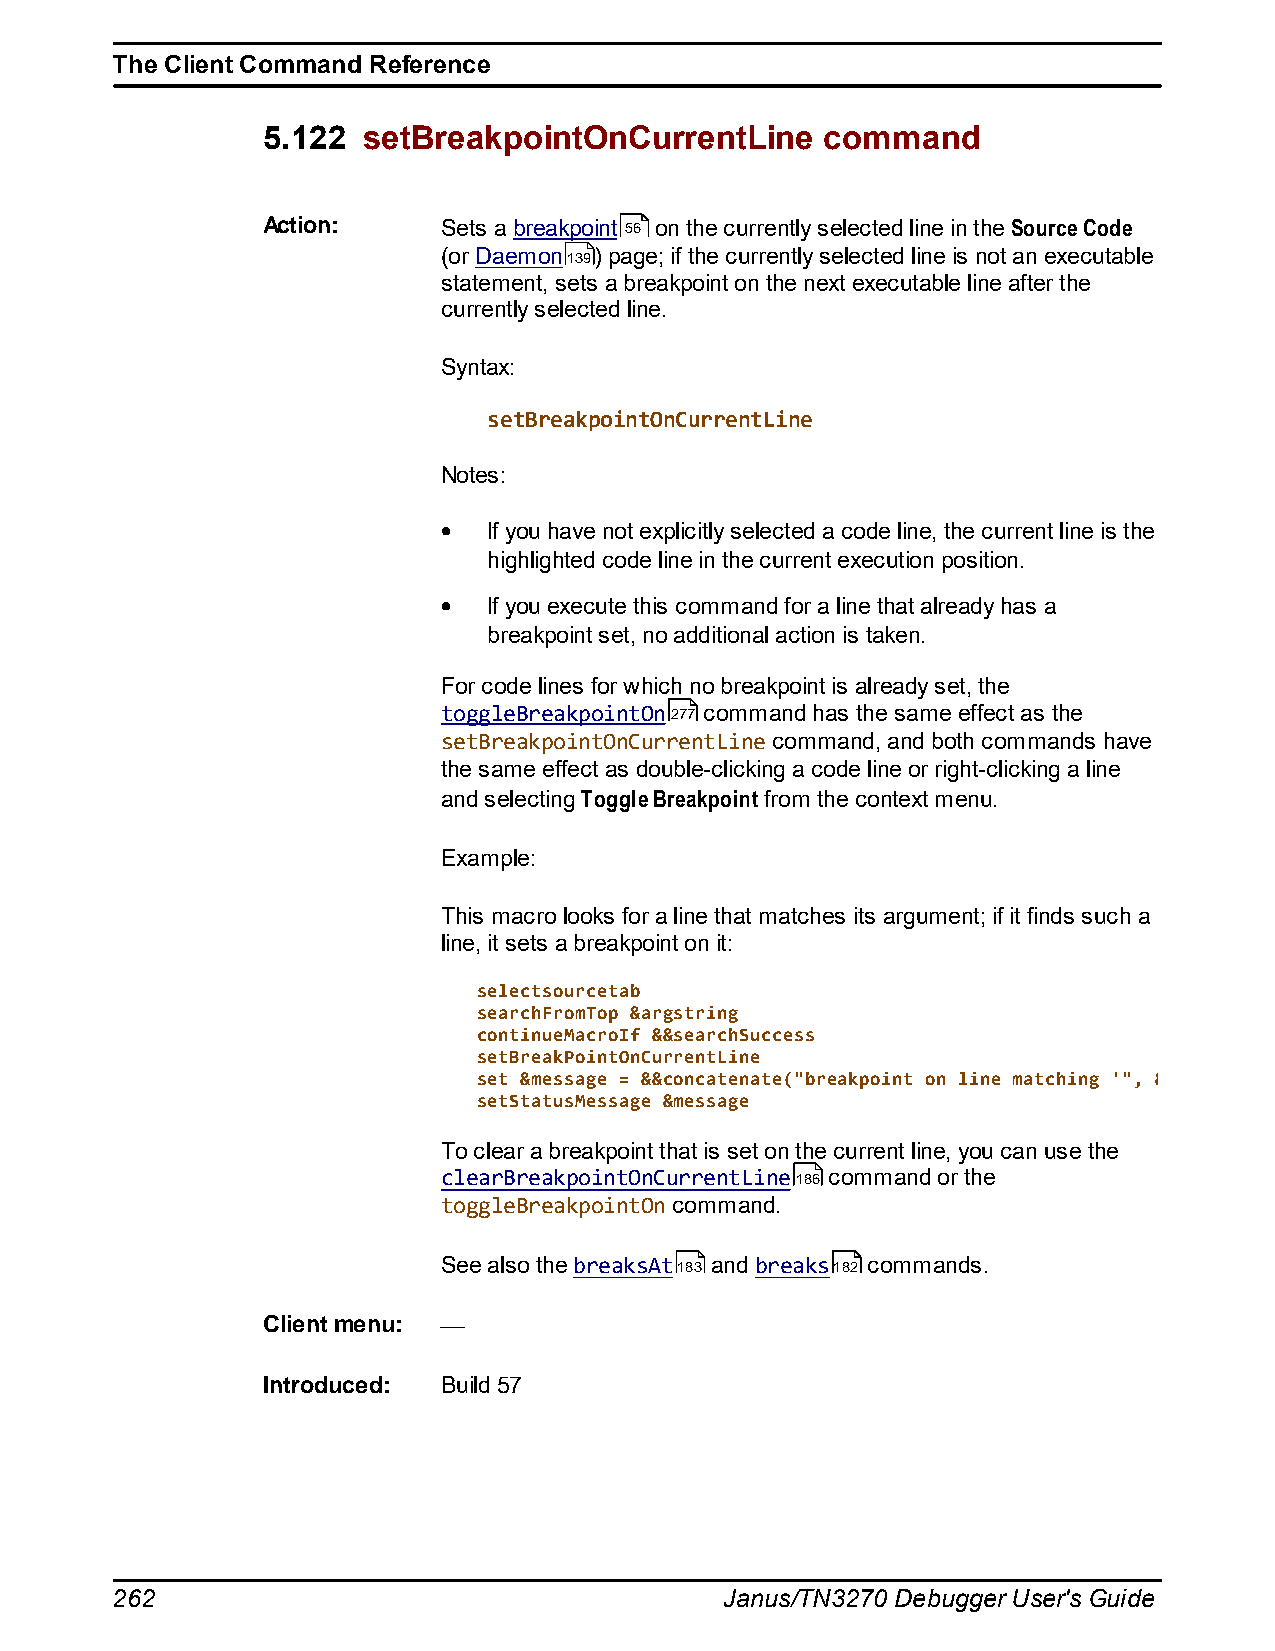
The Client Command Reference
 5.122  setBreakpointOnCurrentLine     command
 Action:     Sets a breakpoint 56 on the currently selected line in the Source Code
 (or Daemon139) page; if the currently selected line is not an executable
 statement, sets a breakpoint on the next executable line after the
 currently selected line.
 Syntax:
 setBreakpointOnCurrentLine
 Notes:
 If you have not explicitly selected a code line, the current line is the
 highlighted code line in the current execution position.
 If you execute this command for a line that already has a
 breakpoint set, no additional action is taken.
 For code lines for which no breakpoint is already set, the
 toggleBreakpointOn277 command has the same effect as the
 setBreakpointOnCurrentLine command, and both commands have
 the same effect as double-clicking a code line or right-clicking a line
 and selecting Toggle Breakpoint from the context menu.
 Example:
 This macro looks for a line that matches its argument; if it finds such a
 line, it sets a breakpoint on it:
 selectsourcetab
 searchFromTop &argstring
 continueMacroIf &&searchSuccess
 setBreakPointOnCurrentLine
 set &message = &&concatenate("breakpoint on line matching '", &argstring. "'")
 setStatusMessage &message
 To clear a breakpoint that is set on the current line, you can use the
 clearBreakpointOnCurrentLine186 command or the
 toggleBreakpointOn command.
 See also the breaksAt183 and breaks182 commands.
 Client menu:
 Introduced: Build 57
 262                                      Janus/TN3270 Debugger User's Guide